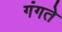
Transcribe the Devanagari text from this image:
गंगते